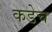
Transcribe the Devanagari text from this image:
कडेच